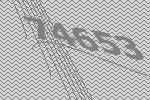
74653